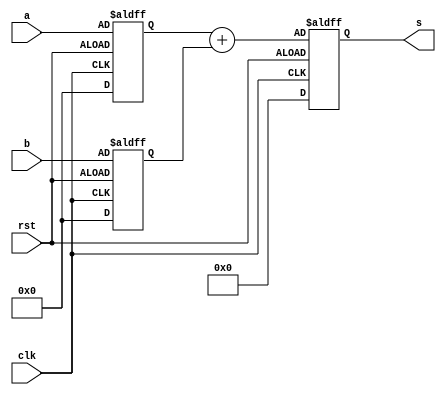
//Verilog HDL for "ADDER_TEST", "adder_ref" "functional"


module adder_ref ( 
  	input wire [15:0] a,
  	input wire [15:0] b,
	input wire clk,
	input wire rst,
  	output reg [16:0] s
);

reg [15:0] a_i;
reg [15:0] b_i;

always @(posedge clk or negedge rst)
	if(rst) begin
		a_i <= 0;
		b_i <= 0;
		s <= 0;
	end
	else begin
		a_i <= a;
		b_i <= b;
		s <= a_i + b_i;
	end

endmodule